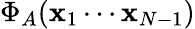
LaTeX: \Phi_{A}(\mathbf{x}_{1}\cdots\mathbf{x}_{N-1})